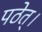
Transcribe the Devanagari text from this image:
पठेत्।